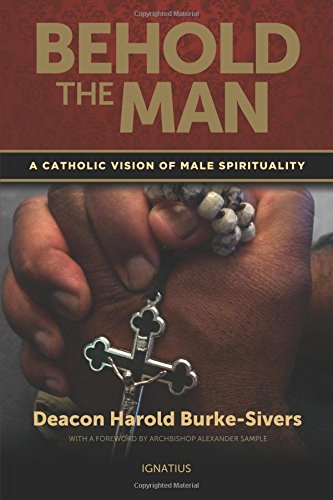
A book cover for Behold the Man: A Catholic Vision of Male Spirituality; Harold Burke-Sivers; Christian Books & Bibles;